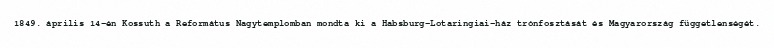
1849. április 14-én Kossuth a Református Nagytemplomban mondta ki a Habsburg–Lotaringiai-ház trónfosztását és Magyarország függetlenségét.